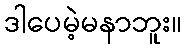
ဒါပေမဲ့မနာဘူး။